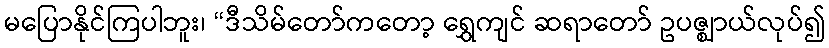
မပြောနိုင်ကြပါဘူး၊ “ဒီသိမ်တော်ကတော့ ရွှေကျင် ဆရာတော် ဥပဇ္ဈာယ်လုပ်၍